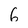
Character: 6